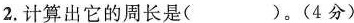
2.计算出它的周长是（ ）。（4分）